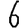
Digit: 6